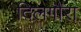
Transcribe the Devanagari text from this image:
दिलगौरा